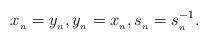
LaTeX: \begin{align*}x_{_{n}}=y_{_{n}},y_{_{n}}=x_{_{n}},s_{_{n}}=s_{_{n}}^{-1}.\end{align*}